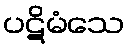
ပဋိမံသေ